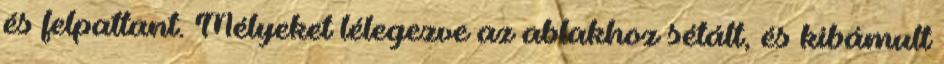
és felpattant. Mélyeket lélegezve az ablakhoz sétált, és kibámult